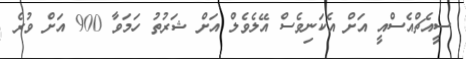
ސީއެޗްއެސްއީ އަށް އެކަނިވެސް އޭލެވެލް އަށް ޝަރުތު ހަމަވާ 900 އަށް ވުރެ